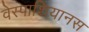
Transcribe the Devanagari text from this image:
वेस्पाशियानस